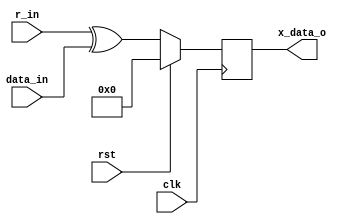
`timescale 1ns / 1ps
//////////////////////////////////////////////////////////////////////////////////
// Company: 
// Engineer: 
// 
// Design Name: 
// Module Name: absorb
// Project Name: 
// Target Devices: 
// Tool Versions: 
// Description: 
// 
// Dependencies: 
// 
// Revision:
// Revision 0.01 - File Created
// Additional Comments:
// 
//////////////////////////////////////////////////////////////////////////////////


module x_o(
    input clk,
    input rst,
    input [575:0] data_in,
    input [575:0] r_in,
    output reg [575:0] x_data_o
    );
    
    always @ (posedge clk)
        begin
            if (rst)
                x_data_o <= 0;
            else if (!rst)
                x_data_o <= (r_in ^ data_in);
        end
        
endmodule